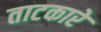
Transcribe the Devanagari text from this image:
ताटकारे